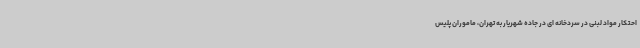
احتکار مواد لبنی در سردخانه ای در جاده شهریار به تهران، ماموران پلیس